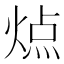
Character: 𬊬